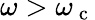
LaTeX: \omega>\omega_{\mathrm{~c~}}